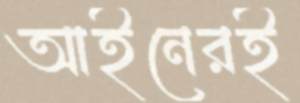
আইনেরই